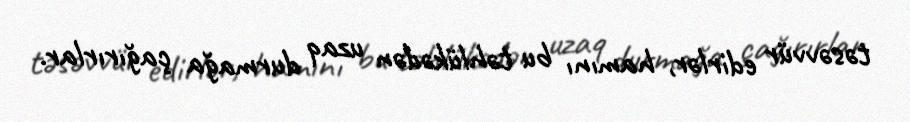
təsəvvür edirlər, hamını bu təhlükədən uzaq durmağa çağırırlar.